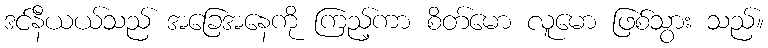
ဒင်နီယယ်သည် အခြေအနေကို ကြည့်ကာ စိတ်မော လူမော ဖြစ်သွား သည်။